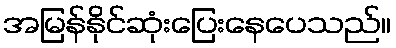
အမြန်နိုင်ဆုံးပြေးနေပေသည်။